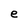
Character: e